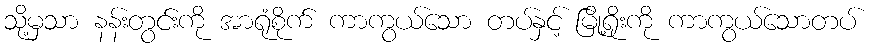
သို့မှသာ နန်းတွင်းကို အာရုံစိုက် ကာကွယ်သော တပ်နှင့် မြို့ရိုးကို ကာကွယ်သောတပ်